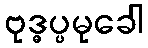
ဗုဒ္ဓပ္ပမုခေါ